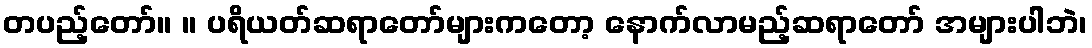
တပည့်တော်။ ။ ပရိယတ်ဆရာတော်များကတော့ နောက်လာမည့်ဆရာတော် အများပါဘဲ၊